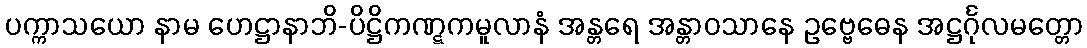
ပက္ကာသယော နာမ ဟေဋ္ဌာနာဘိ-ပိဋ္ဌိကဏ္ဋကမူလာနံ အန္တရေ အန္တာဝသာနေ ဥဗ္ဗေဓေန အဋ္ဌင်္ဂုလမတ္တော